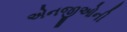
એનજીઓની